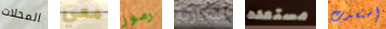
المحلات معي رموز البخارية مستعده إستعدت